Lunatic asylums Central Provinces reports 1874-1885 - 1874-1885
Year: 1874
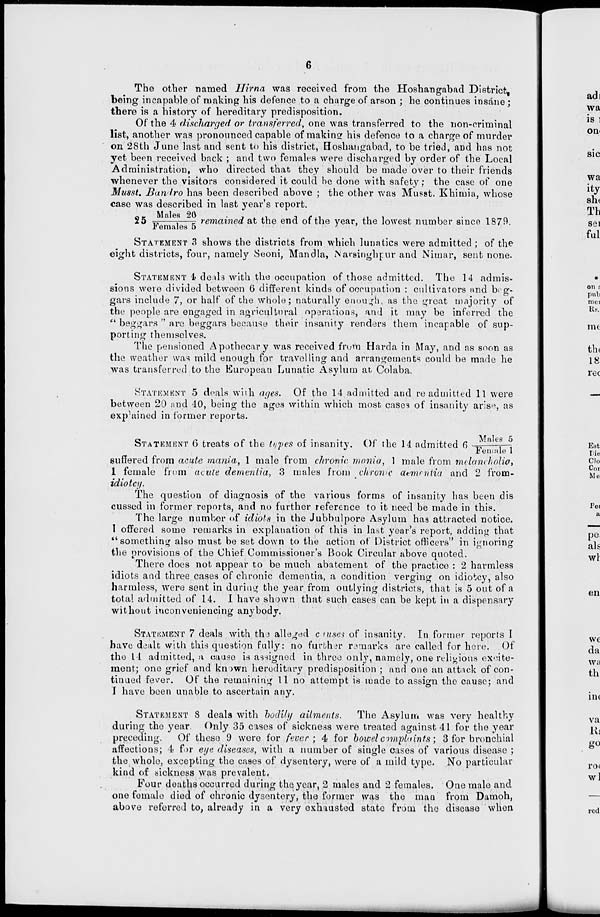
6
The other named Hirna was received from the Hoshangabad District,
being incapable of making his defence to a charge of arson ; he continues insane;
there is a history of hereditary predisposition.
Of the 4 discharged or transferred, one was transferred to the non-criminal
list, another was pronounced capable of making his defence to a charge of murder
on 28th June last and sent to his district, Hoshangabad, to be tried, and has not
yet been received back ; and two females were discharged by order of the Local
Administration, who directed that they should be made over to their friends
whenever the visitors considered it could be done with safety; the case of one
Musst. Bandro has been described above ; the other was Musst. Khimia, whose
case was described in last year's report.
25 Males 20 / Femal es 5 remained at the end of the year, the lowest number since 1879.
STATEMENT 3 shows the districts from which lunatics were admitted ; of the
eight districts, four, namely Seoni, Mandla, Narsinghpur and Nimar, sent none.
STATEMENT 4 deals with the occupation of those admitted. The 14 admis-
sions were divided between 6 different kinds of occupation : cultivators and beg-
gars include 7, or half of the whole; naturally enough, as the great majority of
the people are engaged in agricultural operations, and it may be inferred the
" beggars " are beggars because their insanity renders them incapable of sup-
porting themselves.
The pensioned Apothecary was received from Harda in May, and as soon as
the weather was mild enough for travelling and arrangements could be made he
was transferred to the European Lunatic Asylum at Colaba.
STATEMENT 5 deals with ages. Of the 14 admitted and re-admitted 11 were
between 20 and 40, being the ages within which most cases of insanity arise, as
explained in former reports.
STATEMENT 6 treats of the types of insanity. Of the 14 admitted 6 Males 5/Females 1
suffered from acute mania, 1 male from chronic mania, 1 male from melancholia,
1 female from acute dementia, 3 males from chronic dementia and 2 from-
idiotcy.
The question of diagnosis of the various forms of insanity has been dis
cussed in former reports, and no further reference to it need be made in this.
The large number of idiots in the Jubbulpore Asylum has attracted notice.
I offered some remarks in explanation of this in last year's report, adding that
''something also must be set down to the action of District officers" in ignoring
the provisions of the Chief Commissioner's Book Circular above quoted.
There does not appear to be much abatement of the practice : 2 harmless
idiots and three cases of chronic dementia, a condition verging on idiotcy, also
harmless, were sent in during the year from outlying districts, that is 5 out of a
total admitted of 14. I have shown that such cases can be kept in a dispensary
without inconveniencing anybody.
STATEMENT 7 deals with the alleged causes of insanity. In former reports I
have dealt with this question fully: no further remarks are called for here. Of
the 14 admitted, a cause is assigned in three only, namely, one religious excite-
ment; one grief and known hereditary predisposition ; and one an attack of con-
tinued fever. Of the remaining 11 no attempt is made to assign the cause; and
I have been unable to ascertain any.
STATEMENT 8 deals with bodily ailments.
The Asylum was very healthy
during the year. Only 35 cases of sickness were treated against 41 for the year
preceding.
Of these 9 were for fever; 4 for bowel complaints; 3 for bronchial
affections; 4 for eye diseases, with a number of single cases of various disease ;
the whole, excepting the cases of dysentery, were of a mild type. No particular
kind of sickness was prevalent.
Four deaths occurred during the year, 2 males and 2 females. One male and
one female died of chronic dysentery, the former was the man from Damoh,
above referred to, already in a very exhausted state from the disease when